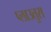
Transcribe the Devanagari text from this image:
प्लाउतुस